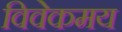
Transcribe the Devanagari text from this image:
विवेकमय